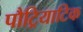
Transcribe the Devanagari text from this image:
पौट्रियाटिक